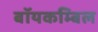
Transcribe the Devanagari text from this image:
बॉयकम्बिल